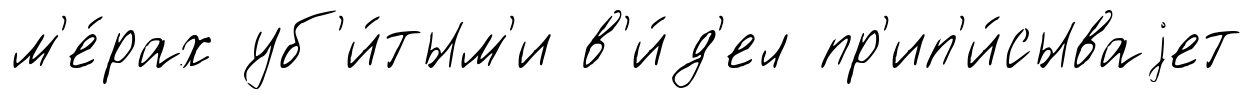
м'е́рах уб'и́тым'и в'и́д'ел пр'ип'и́сываjет